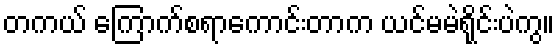
တကယ် ကြောက်စရာကောင်းတာက ယင်မမဲရိုင်းပဲကွ။